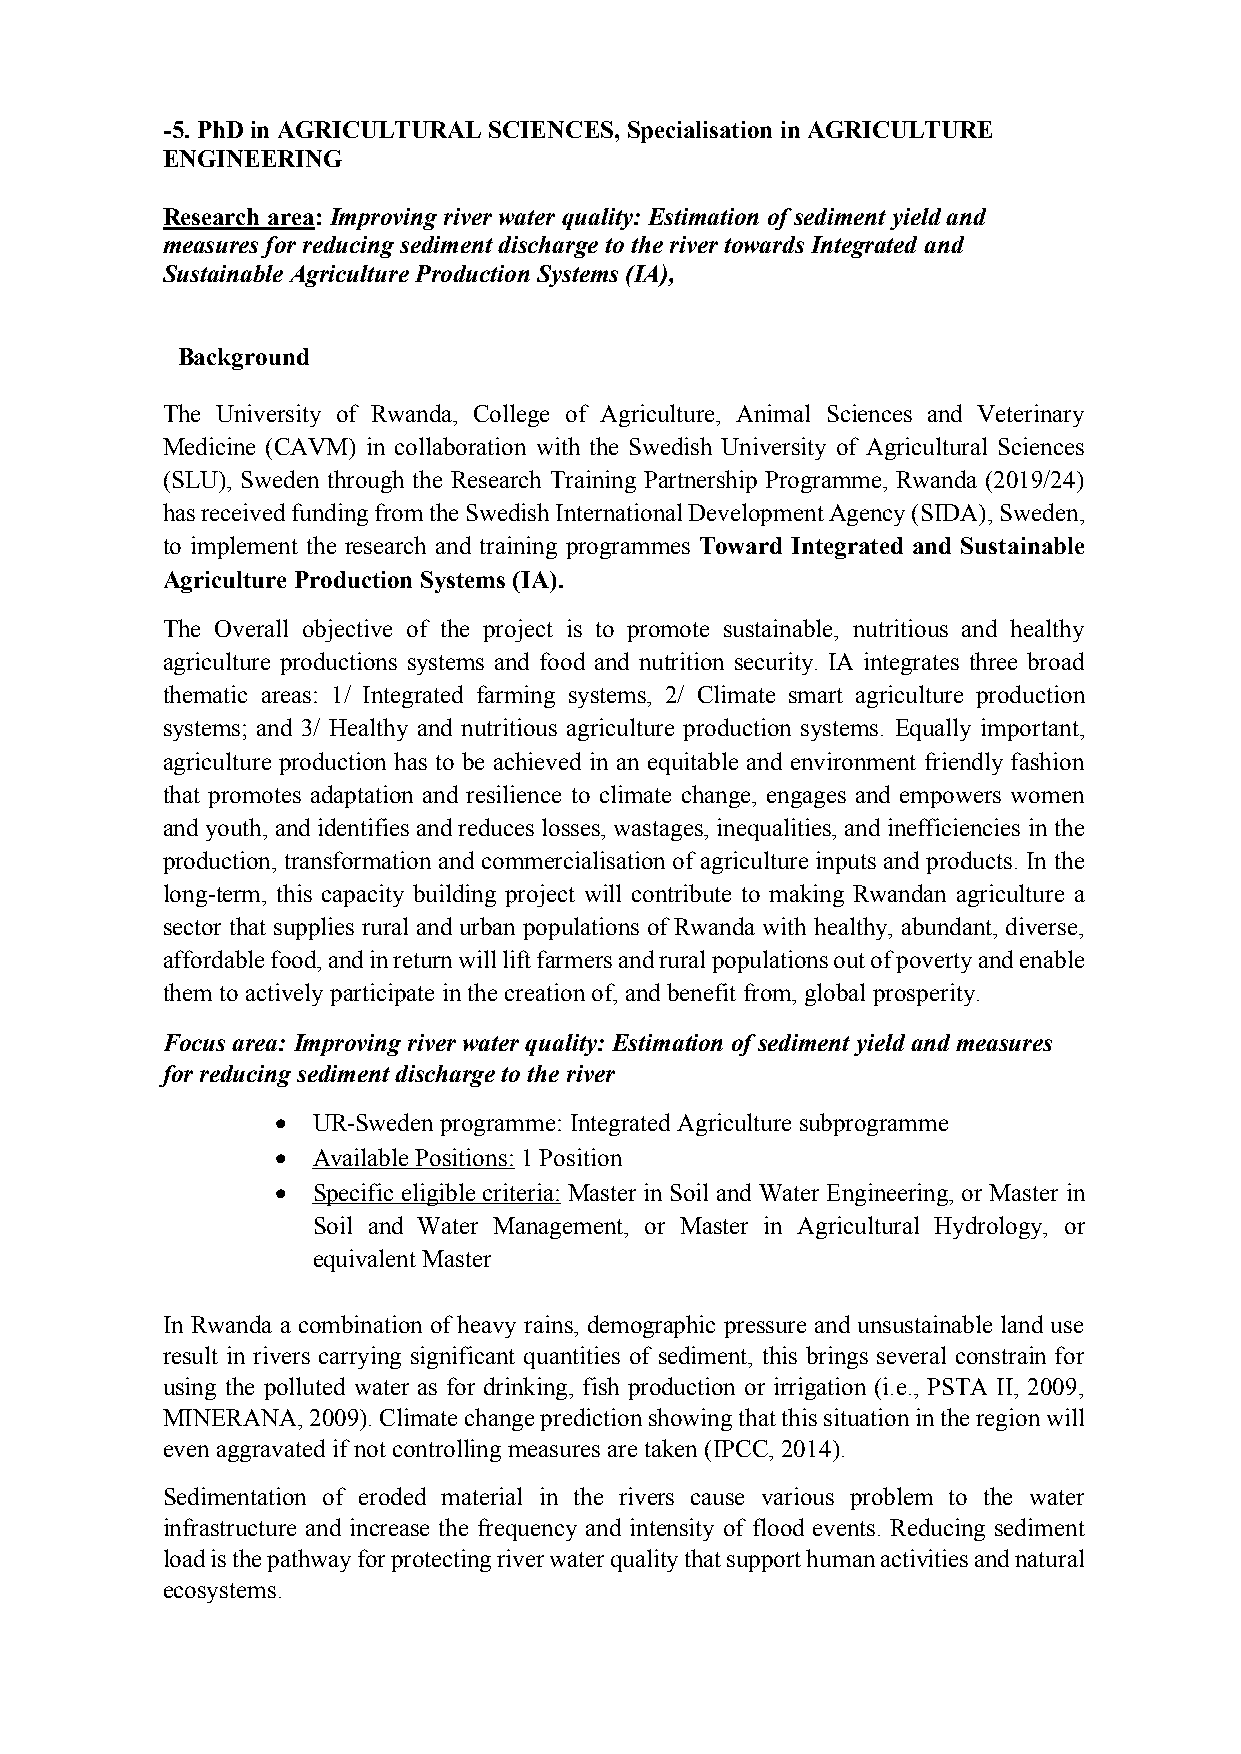
-5. PhD in AGRICULTURAL SCIENCES, Specialisation in AGRICULTURE
 ENGINEERING
 Research area: Improving river water quality: Estimation of sediment yield and
 measures for reducing sediment discharge to the river towards Integrated and
 Sustainable Agriculture Production Systems (IA),
 Background
 The University of Rwanda, College of Agriculture, Animal Sciences and Veterinary
 Medicine (CAVM) in collaboration with the Swedish University of Agricultural Sciences
 (SLU), Sweden through the Research Training Partnership Programme, Rwanda (2019/24)
 has received funding from the Swedish International Development Agency (SIDA), Sweden,
 to implement the research and training programmes Toward Integrated and Sustainable
 Agriculture Production Systems (IA).
 The Overall objective of the project is to promote sustainable, nutritious and healthy
 agriculture productions systems and food and nutrition security. IA integrates three broad
 thematic areas: 1/ Integrated farming systems, 2/ Climate smart agriculture production
 systems; and 3/ Healthy and nutritious agriculture production systems. Equally important,
 agriculture production has to be achieved in an equitable and environment friendly fashion
 that promotes adaptation and resilience to climate change, engages and empowers women
 and youth, and identifies and reduces losses, wastages, inequalities, and inefficiencies in the
 production, transformation and commercialisation of agriculture inputs and products. In the
 long-term, this capacity building project will contribute to making Rwandan agriculture a
 sector that supplies rural and urban populations of Rwanda with healthy, abundant, diverse,
 affordable food, and in return will lift farmers and rural populations out of poverty and enable
 them to actively participate in the creation of, and benefit from, global prosperity.
 Focus area: Improving river water quality: Estimation of sediment yield and measures
 for reducing sediment discharge to the river
 •  UR-Sweden programme: Integrated Agriculture subprogramme
 •  Available Positions: 1 Position
 •  Specific eligible criteria: Master in Soil and Water Engineering, or Master in
 Soil and Water Management, or Master in Agricultural Hydrology, or
 equivalent Master
 In Rwanda a combination of heavy rains, demographic pressure and unsustainable land use
 result in rivers carrying significant quantities of sediment, this brings several constrain for
 using the polluted water as for drinking, fish production or irrigation (i.e., PSTA II, 2009,
 MINERANA, 2009). Climate change prediction showing that this situation in the region will
 even aggravated if not controlling measures are taken (IPCC, 2014).
 Sedimentation of eroded material in the rivers cause various problem to the water
 infrastructure and increase the frequency and intensity of flood events. Reducing sediment
 load is the pathway for protecting river water quality that support human activities and natural
 ecosystems.